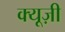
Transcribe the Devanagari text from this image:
क्यूज़ी